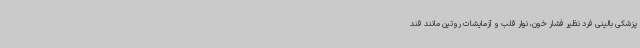
پزشکی بالینی فرد نظیر فشار خون، نوار قلب و آزمایشات روتین مانند قند